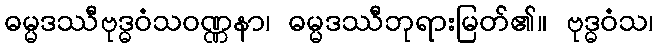
ဓမ္မဒဿီဗုဒ္ဓဝံသဝဏ္ဏနာ၊ ဓမ္မဒဿီဘုရားမြတ်၏။ ဗုဒ္ဓဝံသ၊